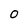
Character: O